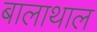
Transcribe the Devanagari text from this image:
बालाथाल